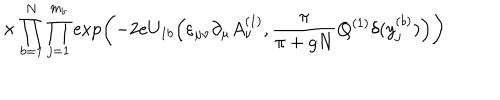
\times \prod _ { b = 1 } ^ { N } \prod _ { j = 1 } ^ { m _ { b } } \exp \left( - 2 e U _ { 1 b } \Big ( \varepsilon _ { \mu \nu } \partial _ { \mu } A _ { \nu } ^ { ( 1 ) } , \frac { \pi } { \pi + g N } Q ^ { ( 1 ) } \delta ( y _ { j } ^ { ( b ) } ) \Big ) \right)